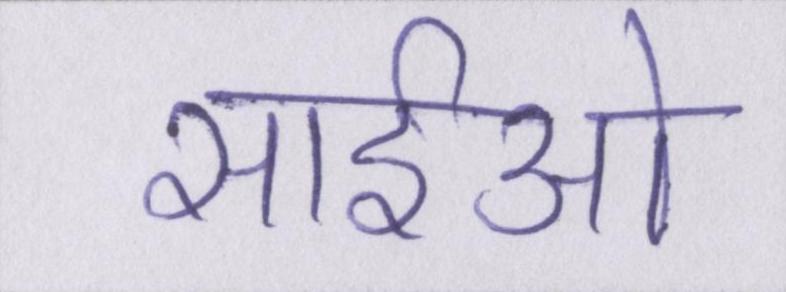
सीईओ